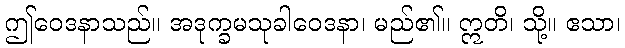
ဤဝေဒနာသည်။ အဒုက္ခမသုခါဝေဒနာ၊ မည်၏။ ဣတိ၊ သို့။ ဧသာ၊